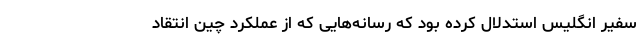
سفیر انگلیس استدلال کرده بود که رسانه‌هایی که از عملکرد چین انتقاد